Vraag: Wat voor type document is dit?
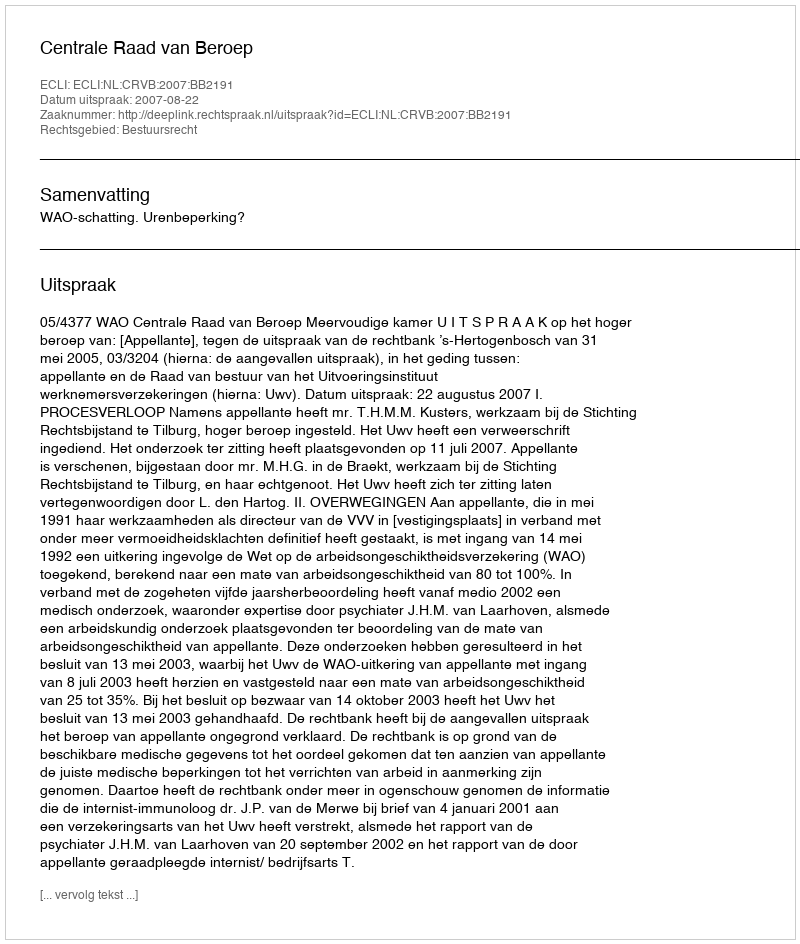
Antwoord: Uitspraak